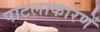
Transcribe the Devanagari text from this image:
पाटलाकारणें